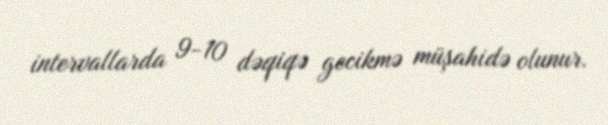
intervallarda 9-10 dəqiqə gecikmə müşahidə olunur.